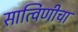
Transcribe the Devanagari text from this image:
सात्विणीचा